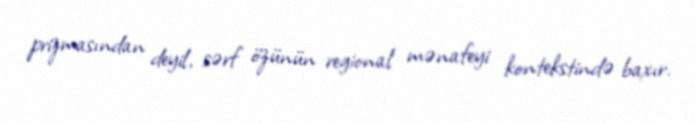
prizmasından deyil, sərf özünün regional mənafeyi kontekstində baxır.